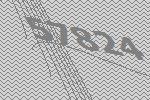
57824